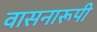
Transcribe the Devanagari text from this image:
वासनारूपी